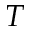
T